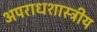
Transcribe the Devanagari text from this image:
अपराधशास्त्रीय